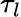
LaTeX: \tau_{l}